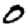
Digit: 0